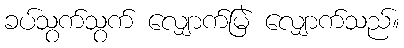
ခပ်သွက်သွက် လျှောက်မြဲ လျှောက်သည်။